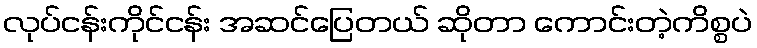
လုပ်ငန်းကိုင်ငန်း အဆင်ပြေတယ် ဆိုတာ ကောင်းတဲ့ကိစ္စပဲ